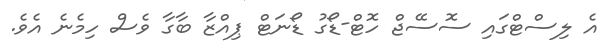
އެ ލިސްޓްގައި ސޮސޭޖް ހޮޓް-ޑޯގު ޑޯނަޓް ޕިއްޒާ ބާގާ ވެސް ހިމެނެ އެވެ.